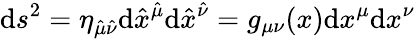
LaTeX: \mathrm{d}s^{2}=\eta_{\hat{{\mu}}\hat{{\nu}}}\mathrm{d}\hat{{x}}^{\hat{{\mu}}}\mathrm{d}\hat{{x}}^{\hat{{\nu}}}=g_{\mu\nu}(x)\mathrm{d}x^{\mu}\mathrm{d}x^{\nu}